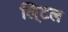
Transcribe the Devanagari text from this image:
लि्टल